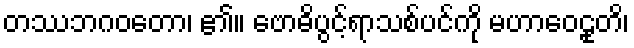
တဿဘဂဝတော၊ ၏။ ဗောဓိပွင့်ရာသစ်ပင်ကို မဟာဝေဠုတိ၊